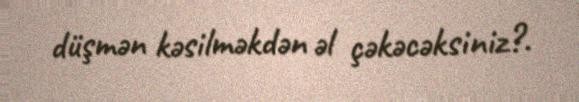
düşmən kəsilməkdən əl çəkəcəksiniz?.